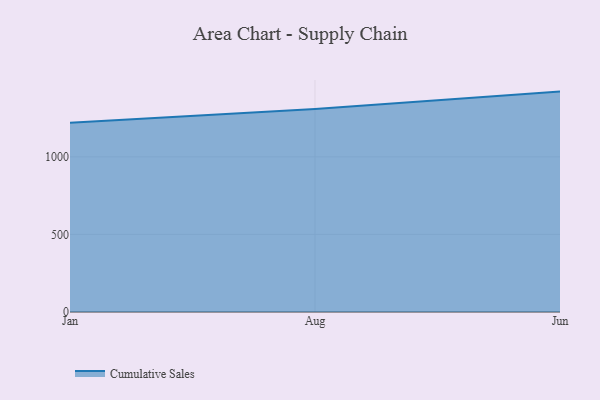
{"axis": {"x": "Month", "y": "Gross Profit (USD K)"}, "legend": ["Cumulative Sales"], "data": [{"x": "Jan", "y": 1219.6, "type": "Cumulative Sales"}, {"x": "Aug", "y": 1307.5, "type": "Cumulative Sales"}, {"x": "Jun", "y": 1420.3, "type": "Cumulative Sales"}]}